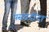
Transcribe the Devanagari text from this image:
पसंददीदा